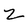
Character: 2